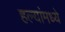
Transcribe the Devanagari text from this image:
हल्यांमध्ये